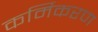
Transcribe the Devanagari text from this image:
कर्मिकरण